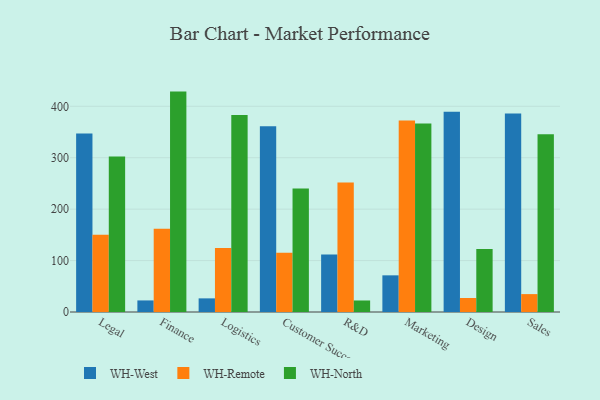
{"axis": {"x": "Department", "y": "Latency (ms)"}, "legend": ["WH-North", "WH-Remote", "WH-West"], "data": [{"x": "Legal", "y": 346.9, "type": "WH-West"}, {"x": "Legal", "y": 150.3, "type": "WH-Remote"}, {"x": "Legal", "y": 302.2, "type": "WH-North"}, {"x": "Finance", "y": 22.5, "type": "WH-West"}, {"x": "Finance", "y": 162.0, "type": "WH-Remote"}, {"x": "Finance", "y": 428.6, "type": "WH-North"}, {"x": "Logistics", "y": 26.5, "type": "WH-West"}, {"x": "Logistics", "y": 124.4, "type": "WH-Remote"}, {"x": "Logistics", "y": 382.9, "type": "WH-North"}, {"x": "Customer Success", "y": 361.0, "type": "WH-West"}, {"x": "Customer Success", "y": 115.1, "type": "WH-Remote"}, {"x": "Customer Success", "y": 240.3, "type": "WH-North"}, {"x": "R&D", "y": 111.9, "type": "WH-West"}, {"x": "R&D", "y": 251.9, "type": "WH-Remote"}, {"x": "R&D", "y": 22.4, "type": "WH-North"}, {"x": "Marketing", "y": 71.3, "type": "WH-West"}, {"x": "Marketing", "y": 372.5, "type": "WH-Remote"}, {"x": "Marketing", "y": 366.4, "type": "WH-North"}, {"x": "Design", "y": 389.3, "type": "WH-West"}, {"x": "Design", "y": 27.2, "type": "WH-Remote"}, {"x": "Design", "y": 122.6, "type": "WH-North"}, {"x": "Sales", "y": 386.0, "type": "WH-West"}, {"x": "Sales", "y": 34.8, "type": "WH-Remote"}, {"x": "Sales", "y": 345.9, "type": "WH-North"}]}